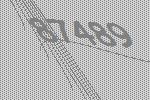
87489